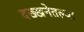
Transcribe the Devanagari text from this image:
दख्खनेतल्या